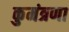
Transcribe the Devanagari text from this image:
कुमंत्रणा